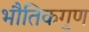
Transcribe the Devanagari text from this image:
भौतिकगुण